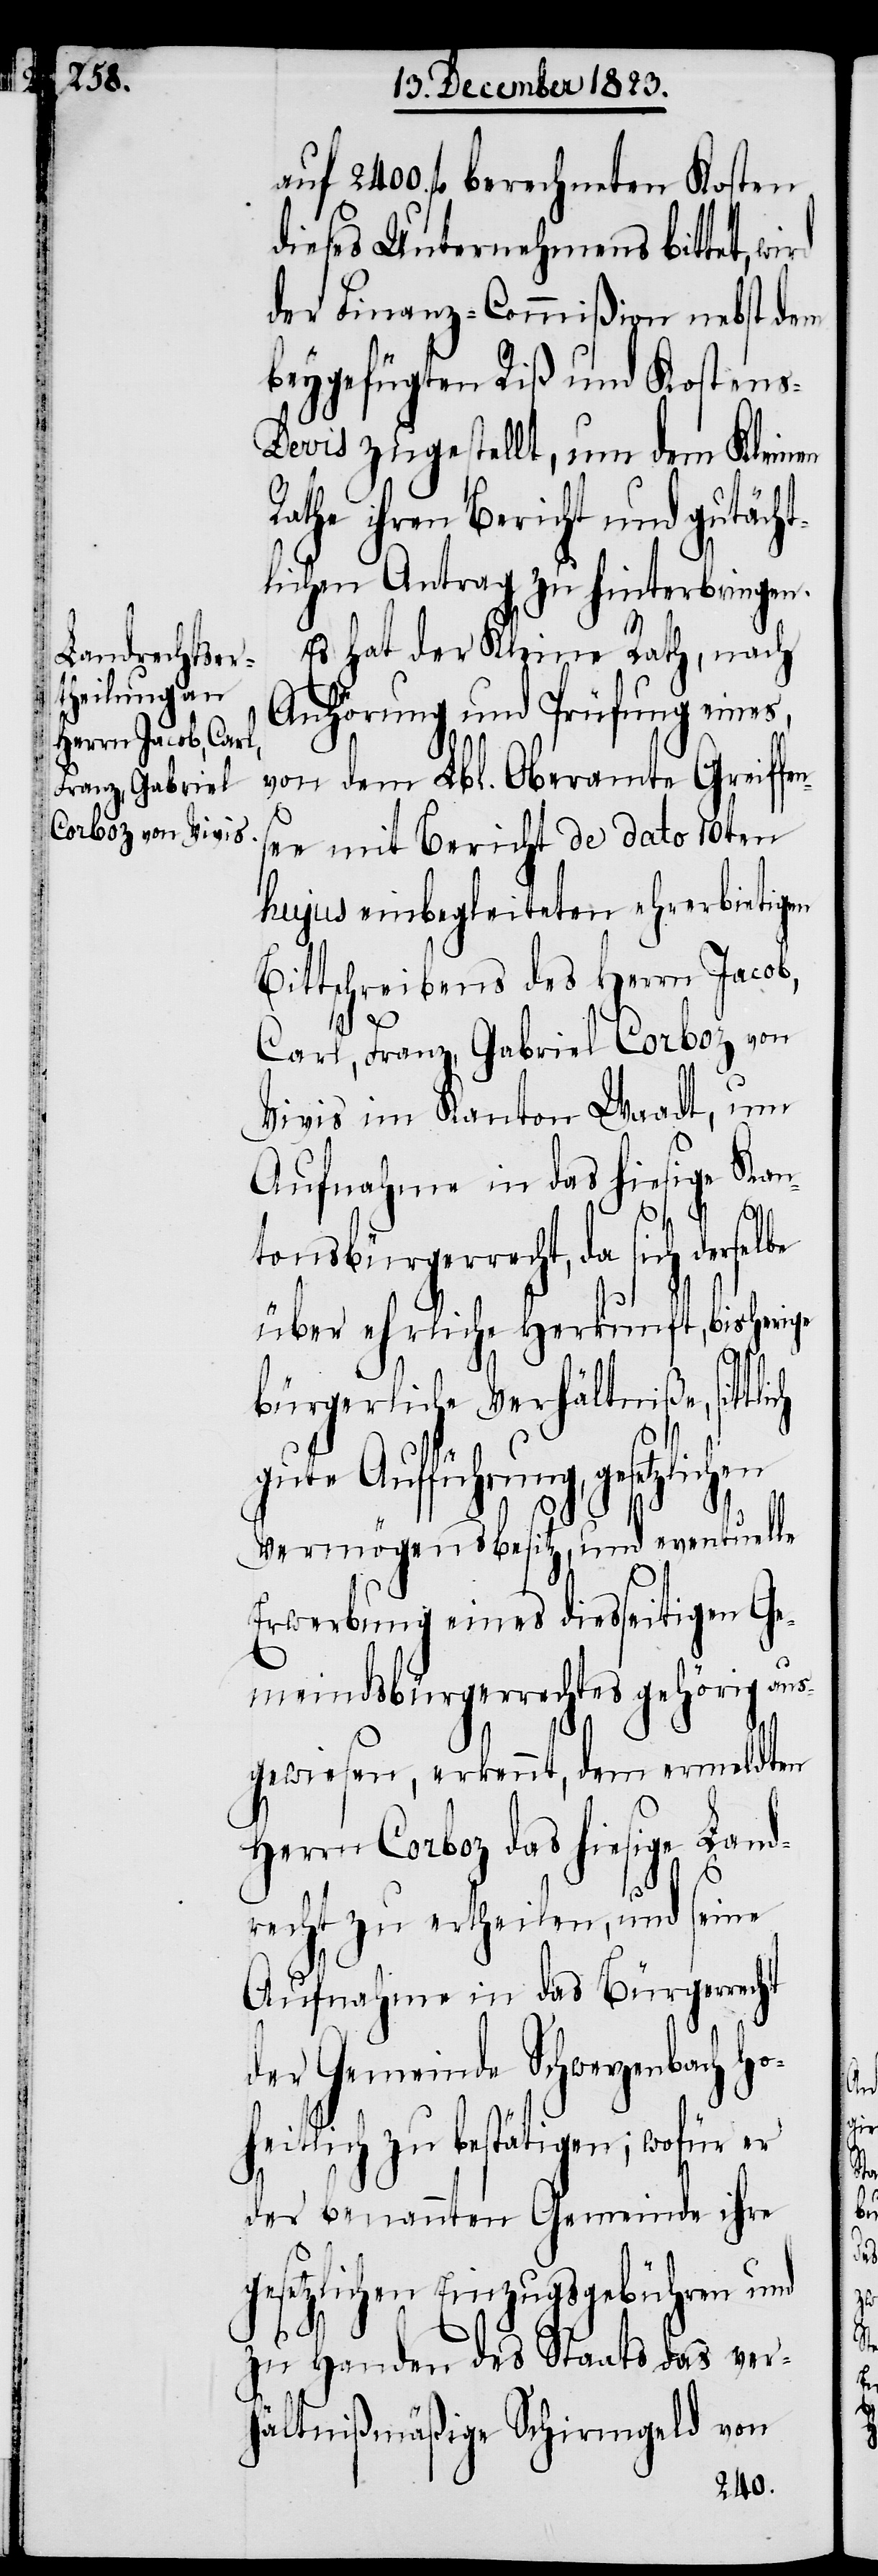
auf 2400. fl berechneten Kosten
dieses Unternehmens bittet, wi¬
der Finanz-Commißion nebst dem
beygefügten Riß und Kostens-D¬
evis zugestellt, um dem Kleinen
Rathe ihren Bericht und gutächt¬
lichen Antrag zu hinterbringen.
Es hat der Kleine Rath, nach
Anhörung und Prüfung eines,
von dem Lbl. Oberamte Greiffen¬
see mit Bericht de dato 10ten
hujus einbegleiteten ehrerbietigen
Bittschreibens des Herrn Jacob,
Carl, Franz, Gabriel Corboz von
Vivis im Kanton Waadt, um
Aufnahme in das hiesige Kan¬
tonsbürgerrecht, da sich
über ehrliche Herkunft, bisherige
en
sittlich
bürgerliche Verhältniße,
gute Aufführung, gesetzlich¬
Vermögensbesitz, und eventuelle
Erwerbung eines diesseitigen Ge¬
meindsbürgerrechtes gehörig aus¬
gewiesen, erkennt, dem ermeldten
Herrn Corboz das hiesige Land¬
recht zu ertheilen, und seine
Aufnahme in das Bürgerrecht
der Gemeinde Schwerzenbach ho¬
heitlich zu bestätigen; wofür er
der benannten Gemeinde ihre
gesetzlichen Einzugsgebühren und
zu Handen des Staats das ver¬
hältnißmäßige Schirmgeld von